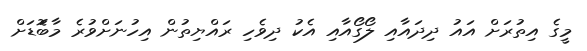
މީގެ އިތުރަށް އައު ދިދައާއި ލޯގޯއާއި އެކު ދިވެހި ރައްޔިތުން އިހުނަށްވުރެ މާބޮަޑަށް